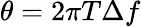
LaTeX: \theta=2\pi T\Delta f